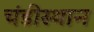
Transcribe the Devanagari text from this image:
चंडीस्‍थान